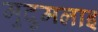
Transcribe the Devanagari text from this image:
मुदुमलाइ